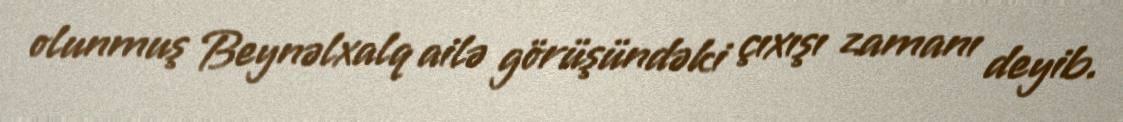
olunmuş Beynəlxalq ailə görüşündəki çıxışı zamanı deyib.